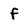
Character: f